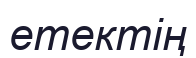
етектің